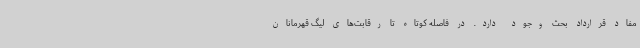
مفاد قرارداد بحث وجود دارد. در فاصله کوتاه تا رقابت‌های لیگ قهرمانان